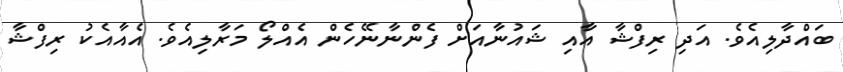
ބައްދާލިއެވެ. އަދި ރިފްޝާ އާއި ޝައުނާއަށް ފެންނާނޭހެން އެއްލޯ މަރާލިއެވެ. އެއާއެކު ރިފްޝާ